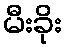
မီးခိုး